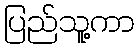
ပြည်သူ့ကာ